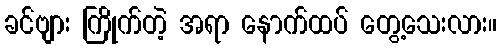
ခင်ဗျား ကြိုက်တဲ့ အရာ နောက်ထပ် တွေ့သေးလား။